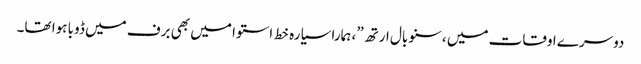
دوسرے اوقات میں ،سنو بال ارتھ”، ہمارا سیارہ خط استوا میں بھی برف میں ڈوبا ہوا تھا۔